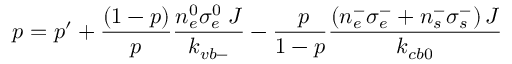
p = p ^ { \prime } + \frac { ( 1 - p ) } { p } \frac { n _ { e } ^ { 0 } \sigma _ { e } ^ { 0 } \; J } { k _ { v b - } } - \frac { \; p } { 1 - p } \frac { \left( n _ { e } ^ { - } \sigma _ { e } ^ { - } + n _ { s } ^ { - } \sigma _ { s } ^ { - } \right) J } { k _ { c b 0 } }